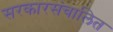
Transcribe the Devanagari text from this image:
सरकारसंचालित